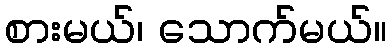
စားမယ်၊ သောက်မယ်။